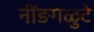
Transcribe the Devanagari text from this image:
नींङगळुटे